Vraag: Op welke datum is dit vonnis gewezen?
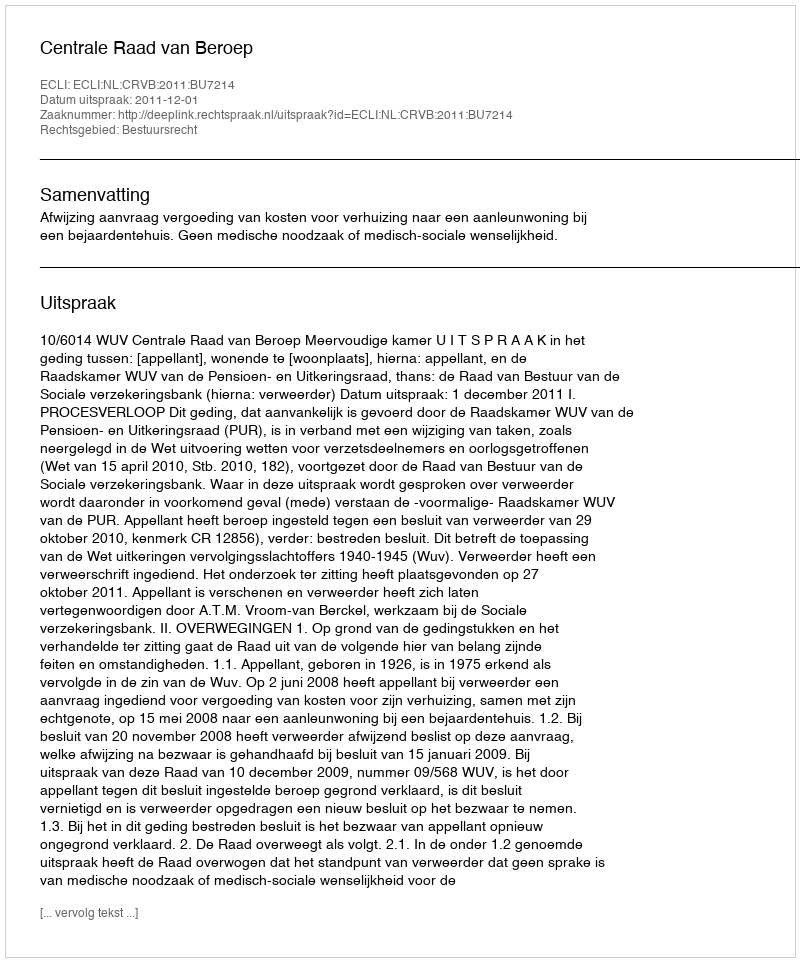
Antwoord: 2011-12-01